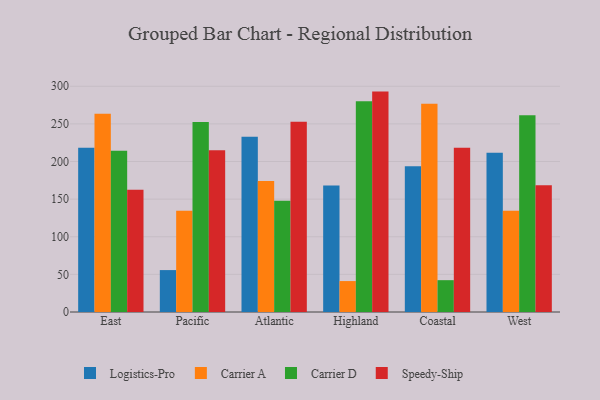
{"axis": {"x": "Region", "y": "Churn Rate (%)"}, "legend": ["Carrier A", "Carrier D", "Logistics-Pro", "Speedy-Ship"], "data": [{"x": "East", "y": 218.4, "type": "Logistics-Pro"}, {"x": "East", "y": 263.3, "type": "Carrier A"}, {"x": "East", "y": 214.4, "type": "Carrier D"}, {"x": "East", "y": 162.5, "type": "Speedy-Ship"}, {"x": "Pacific", "y": 55.7, "type": "Logistics-Pro"}, {"x": "Pacific", "y": 134.4, "type": "Carrier A"}, {"x": "Pacific", "y": 252.5, "type": "Carrier D"}, {"x": "Pacific", "y": 215.0, "type": "Speedy-Ship"}, {"x": "Atlantic", "y": 232.9, "type": "Logistics-Pro"}, {"x": "Atlantic", "y": 174.0, "type": "Carrier A"}, {"x": "Atlantic", "y": 147.8, "type": "Carrier D"}, {"x": "Atlantic", "y": 252.7, "type": "Speedy-Ship"}, {"x": "Highland", "y": 168.1, "type": "Logistics-Pro"}, {"x": "Highland", "y": 41.1, "type": "Carrier A"}, {"x": "Highland", "y": 280.1, "type": "Carrier D"}, {"x": "Highland", "y": 292.9, "type": "Speedy-Ship"}, {"x": "Coastal", "y": 193.6, "type": "Logistics-Pro"}, {"x": "Coastal", "y": 276.7, "type": "Carrier A"}, {"x": "Coastal", "y": 42.3, "type": "Carrier D"}, {"x": "Coastal", "y": 218.4, "type": "Speedy-Ship"}, {"x": "West", "y": 211.6, "type": "Logistics-Pro"}, {"x": "West", "y": 134.6, "type": "Carrier A"}, {"x": "West", "y": 261.4, "type": "Carrier D"}, {"x": "West", "y": 168.5, "type": "Speedy-Ship"}]}